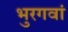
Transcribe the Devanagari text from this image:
भुरगवां